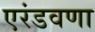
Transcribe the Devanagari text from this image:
एरंडवणा